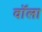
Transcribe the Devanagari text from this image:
वॉला